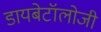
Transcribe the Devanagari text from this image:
डायबेटॉलोजी